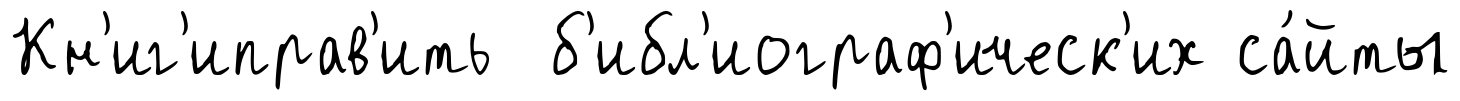
Кн'иг'иправ'ить б'ибл'иограф'ическ'их са́йты